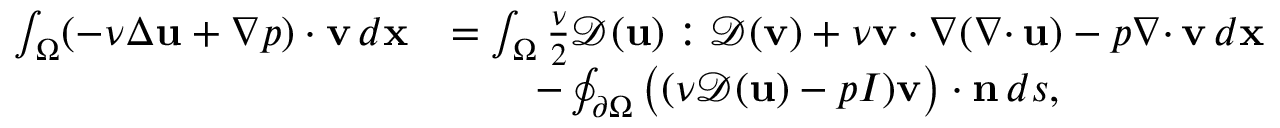
\begin{array} { r l } { \int _ { \Omega } ( - \nu \Delta { \mathbf u } + \nabla p ) \cdot { \mathbf v } \, d { \mathbf x } } & { = \int _ { \Omega } \frac { \nu } { 2 } { \mathcal { D } } ( { \mathbf u } ) : { \mathcal { D } } ( { \mathbf v } ) + \nu { \mathbf v } \cdot \nabla ( { { \nabla \cdot } \, } { \mathbf u } ) - p { { \nabla \cdot } \, } { \mathbf v } \, d { \mathbf x } } \\ & { \qquad - \oint _ { { \partial \Omega } } \big ( ( \nu { \mathcal { D } } ( { \mathbf u } ) - p I ) { \mathbf v } \big ) \cdot { \mathbf n } \, d s , } \end{array}